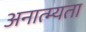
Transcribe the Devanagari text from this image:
अनात्म्यता